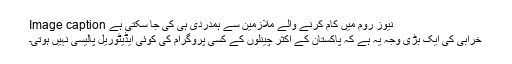
Image caption نیوز روم میں کام کرنے والے ملازمین سے ہمدردی ہی کی جا سکتی ہے
خرابی کی ایک بڑی وجہ یہ ہے کہ پاکستان کے اکثر چینلوں کے کسی پروگرام کی کوئی ایڈیٹوریل پالیسی نہیں ہوتی۔